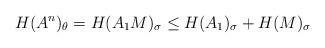
LaTeX: \begin{align*}H(A^n)_\theta = H(A_1M)_\sigma\leq H(A_1)_\sigma+H(M)_\sigma\end{align*}